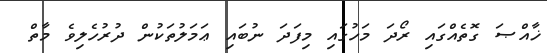
ޚާއްޞަ ގޮތެއްގައި ރޯދަ މަހުގައި މިފަދަ ނުބައި ޢަމަލުތަކުން ދުރުހެލިވެ މާތް